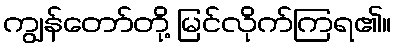
ကျွန်တော်တို့ မြင်လိုက်ကြရ၏။